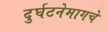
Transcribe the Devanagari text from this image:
दुर्घटनेमागचे